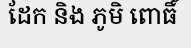
ដែក និង ភូមិ ពោធិ៍